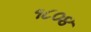
૧૮૦૪